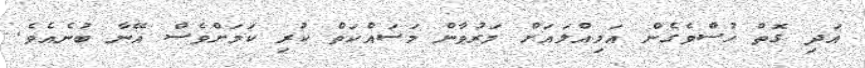
އަދި ގޮތް ހުސްވެގެން އަމިއްލައަށް މަރުވާން މަސައްކަތް ކުރި ކަމަށްވެސް އޭނާ ބުނެއެވެ.